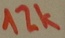
Text: 12K